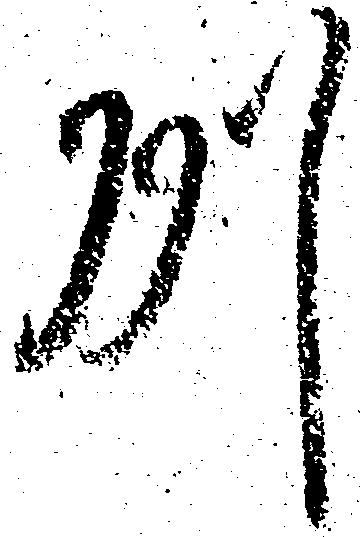
州